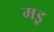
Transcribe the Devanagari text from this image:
मइ्र